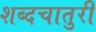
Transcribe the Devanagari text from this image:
शब्दचातुरी